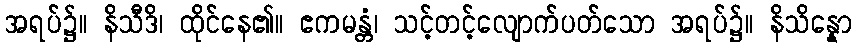
အရပ်၌။ နိသီဒိ၊ ထိုင်နေ၏။ ဧကမန္တံ၊ သင့်တင့်လျောက်ပတ်သော အရပ်၌။ နိသိန္နော